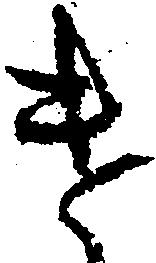
け